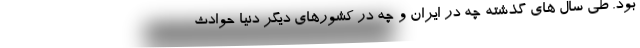
بود. طی سال های گذشته چه در ایران و چه در کشورهای دیگر دنیا حوادث